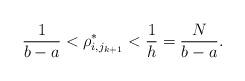
LaTeX: \begin{align*}\frac{1}{b-a} < \rho^*_{i, j_{k+1}} <\frac{1}{h}=\frac{N}{b-a}. \end{align*}